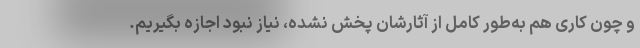
و چون کاری هم به‌طور کامل از آثارشان پخش نشده، نیاز نبود اجازه بگیریم.